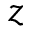
z